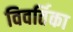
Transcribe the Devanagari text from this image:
विवर्तिका